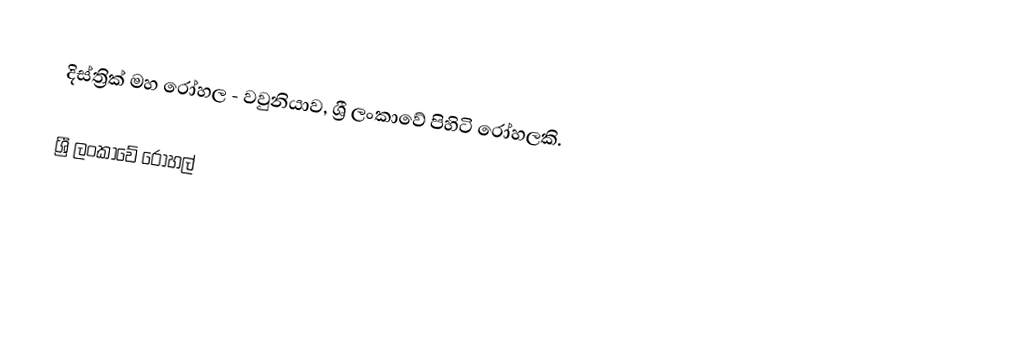
දිස්ත්‍රික් මහ රෝහල - වවුනියාව, ශ්‍රී ලංකාවේ පිහිටි රෝහලකි.

ශ්‍රී ලංකාවේ රෝහල්